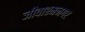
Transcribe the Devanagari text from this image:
जीवाश्मनगर